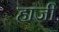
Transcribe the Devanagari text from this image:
हांजी